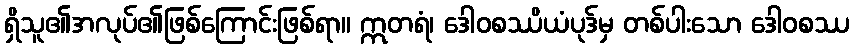
ရှိသူ၏အလုပ်၏ဖြစ်ကြောင်းဖြစ်ရာ။ ဣတရံ၊ ဒေါဝစဿိယံပုဒ်မှ တစ်ပါးသော ဒေါဝစဿ